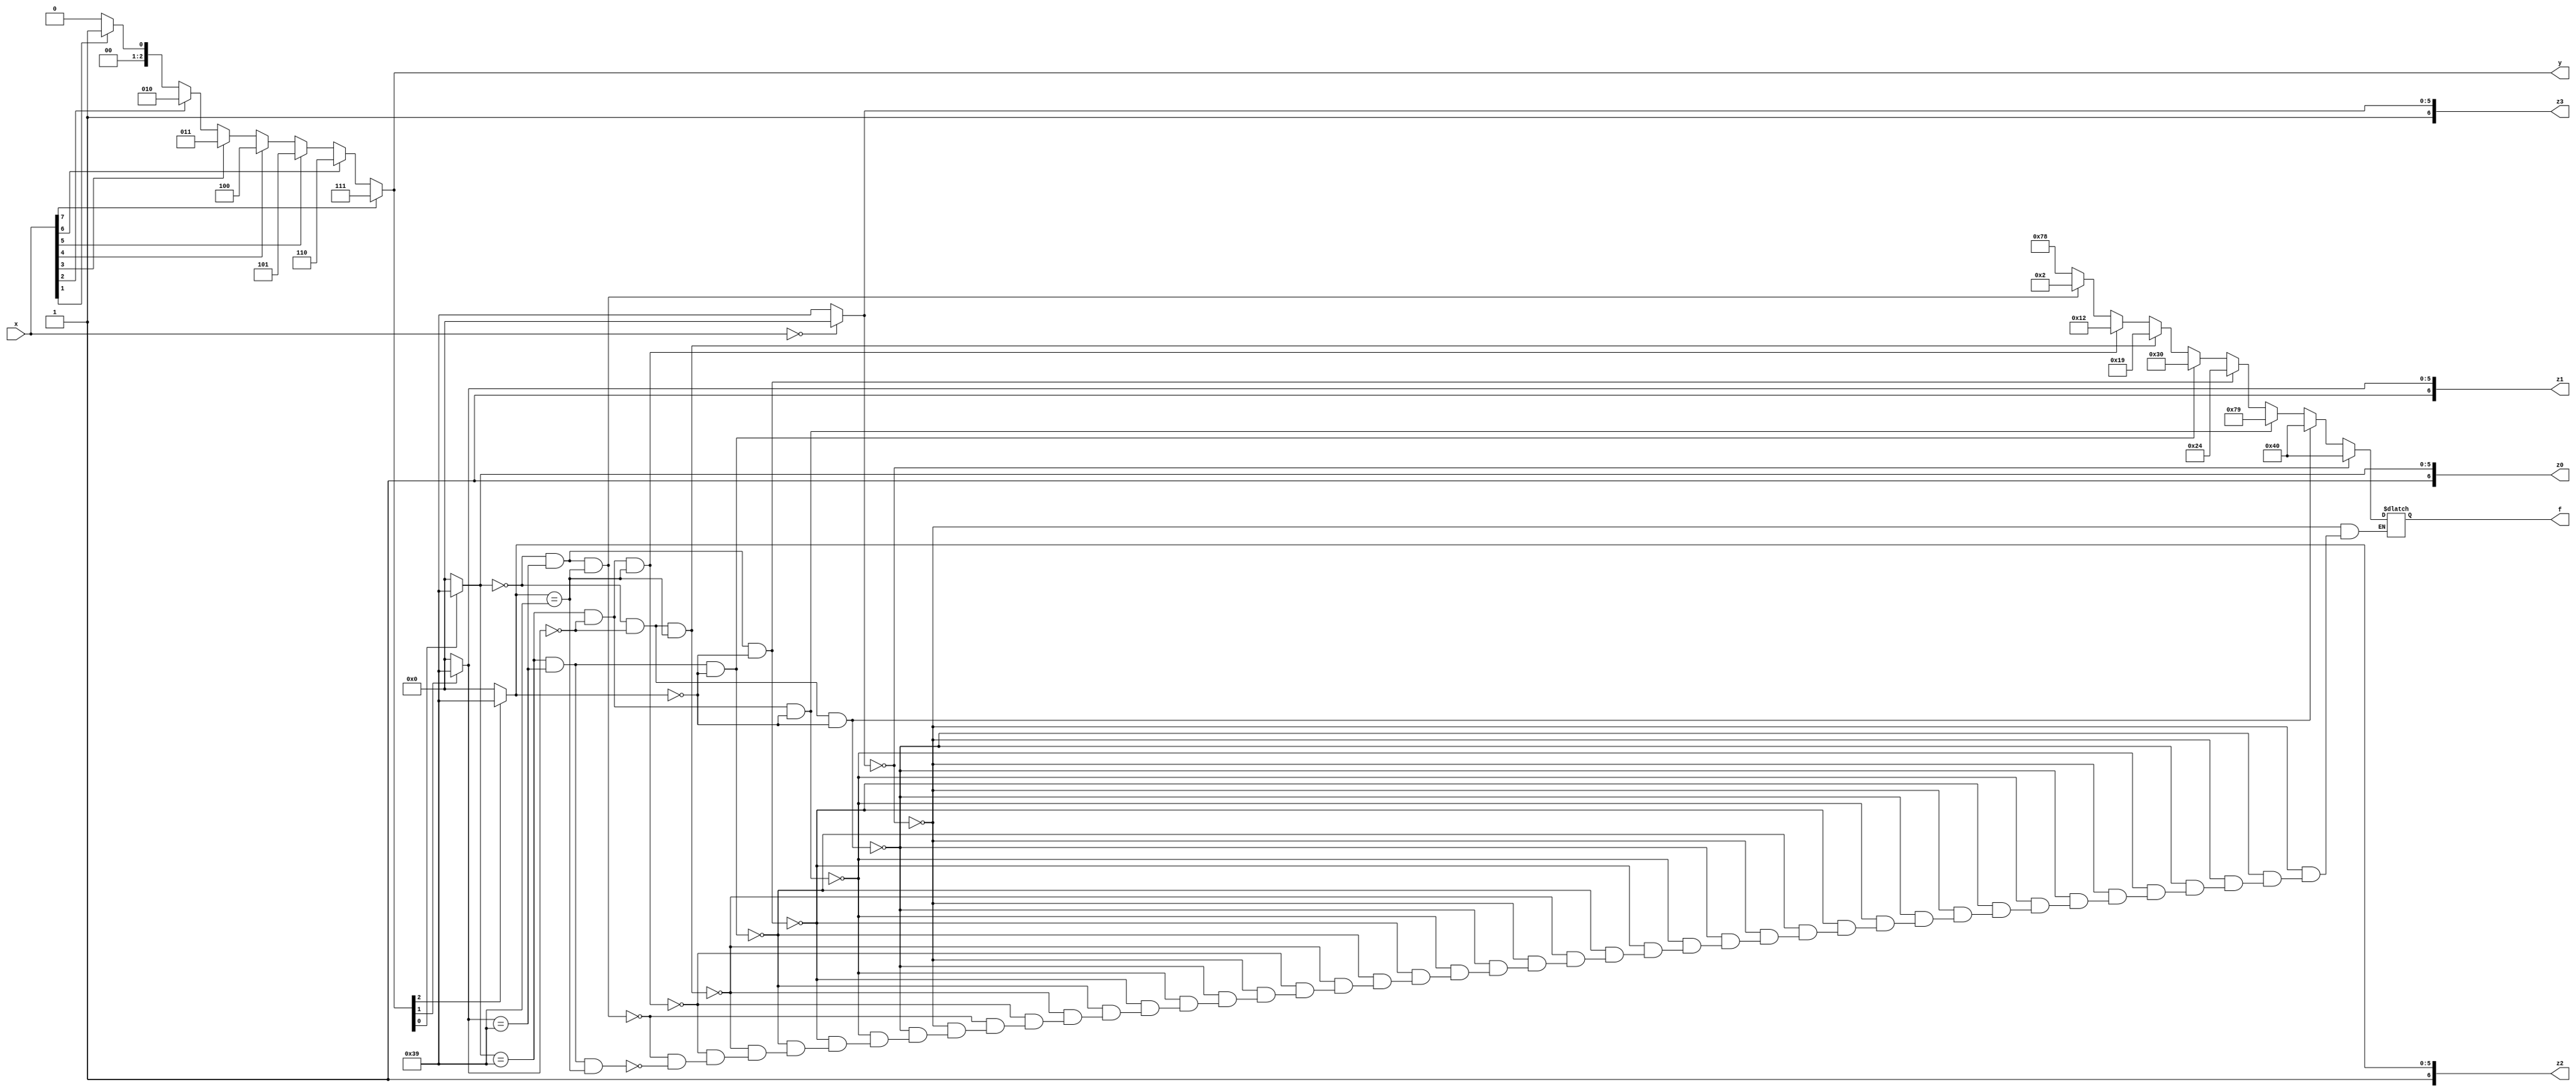
module exp2(x,y,z0,z1,z2,z3,f);
	input [7:0] x;
	output reg [2:0] y;
	output reg [6:0] z0;
	output reg [6:0] z1;
	output reg [6:0] z2;
	output reg [6:0] z3;
	output reg[6:0] f;
	integer i;
	always @(*)
	begin
		y=0;
		for(i=0;i<=7;i=i+1)
			if(x[i]==1)
			y=i;
	if(x==0)
		z3=7'b1000000;
	else 
		z3=7'b1111001;
	if(y[0]==0)
		z0=7'b1000000;
	else 
		z0=7'b1111001;
	if(y[1]==0)
		z1=7'b1000000;
	else 
		z1=7'b1111001;
	if(y[2]==0)
		z2=7'b1000000;
	else 
		z2=7'b1111001;	
		
	if(z3==7'b1000000)
		f=7'b1000000;
	else
		begin
			if(z0==7'b1000000&&z1==7'b1000000&&z2==7'b1000000)
				f=7'b1000000;
			else if(z0==7'b1111001&&z1==7'b1000000&&z2==7'b1000000)
				f=7'b1111001;
			else if(z0==7'b1000000&&z1==7'b1111001&&z2==7'b1000000)
				f=7'b0100100;	
			else if(z0==7'b1111001&&z1==7'b1111001&&z2==7'b1000000)
				f=7'b0110000;
			else if(z0==7'b1000000&&z1==7'b1000000&&z2==7'b1111001)
				f=7'b0011001;
			else if(z0==7'b1111001&&z1==7'b1000000&&z2==7'b1111001)
				f=7'b0010010;
			else if(z0==7'b1000000&&z1==7'b1111001&&z2==7'b1111001)
				f=7'b0000010;	
			else if(z0==7'b1111001&&z1==7'b1111001&&z2==7'b1111001)
				f=7'b1111000;		
		end
	end
endmodule